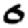
Digit: 0